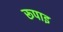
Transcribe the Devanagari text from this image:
रूपाइ